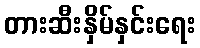
တားဆီးနှိမ်နှင်းရေး